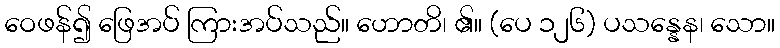
ဝေဖန်၍ ဖြေအပ် ကြားအပ်သည်။ ဟောတိ၊ ၏။ (ပေ ၁၂၆) ပသန္နေန၊ သော။